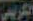
الكريبي